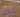
ميرا